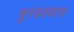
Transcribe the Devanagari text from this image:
चुरडल्यास